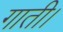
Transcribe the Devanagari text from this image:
गाती।